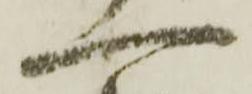
一